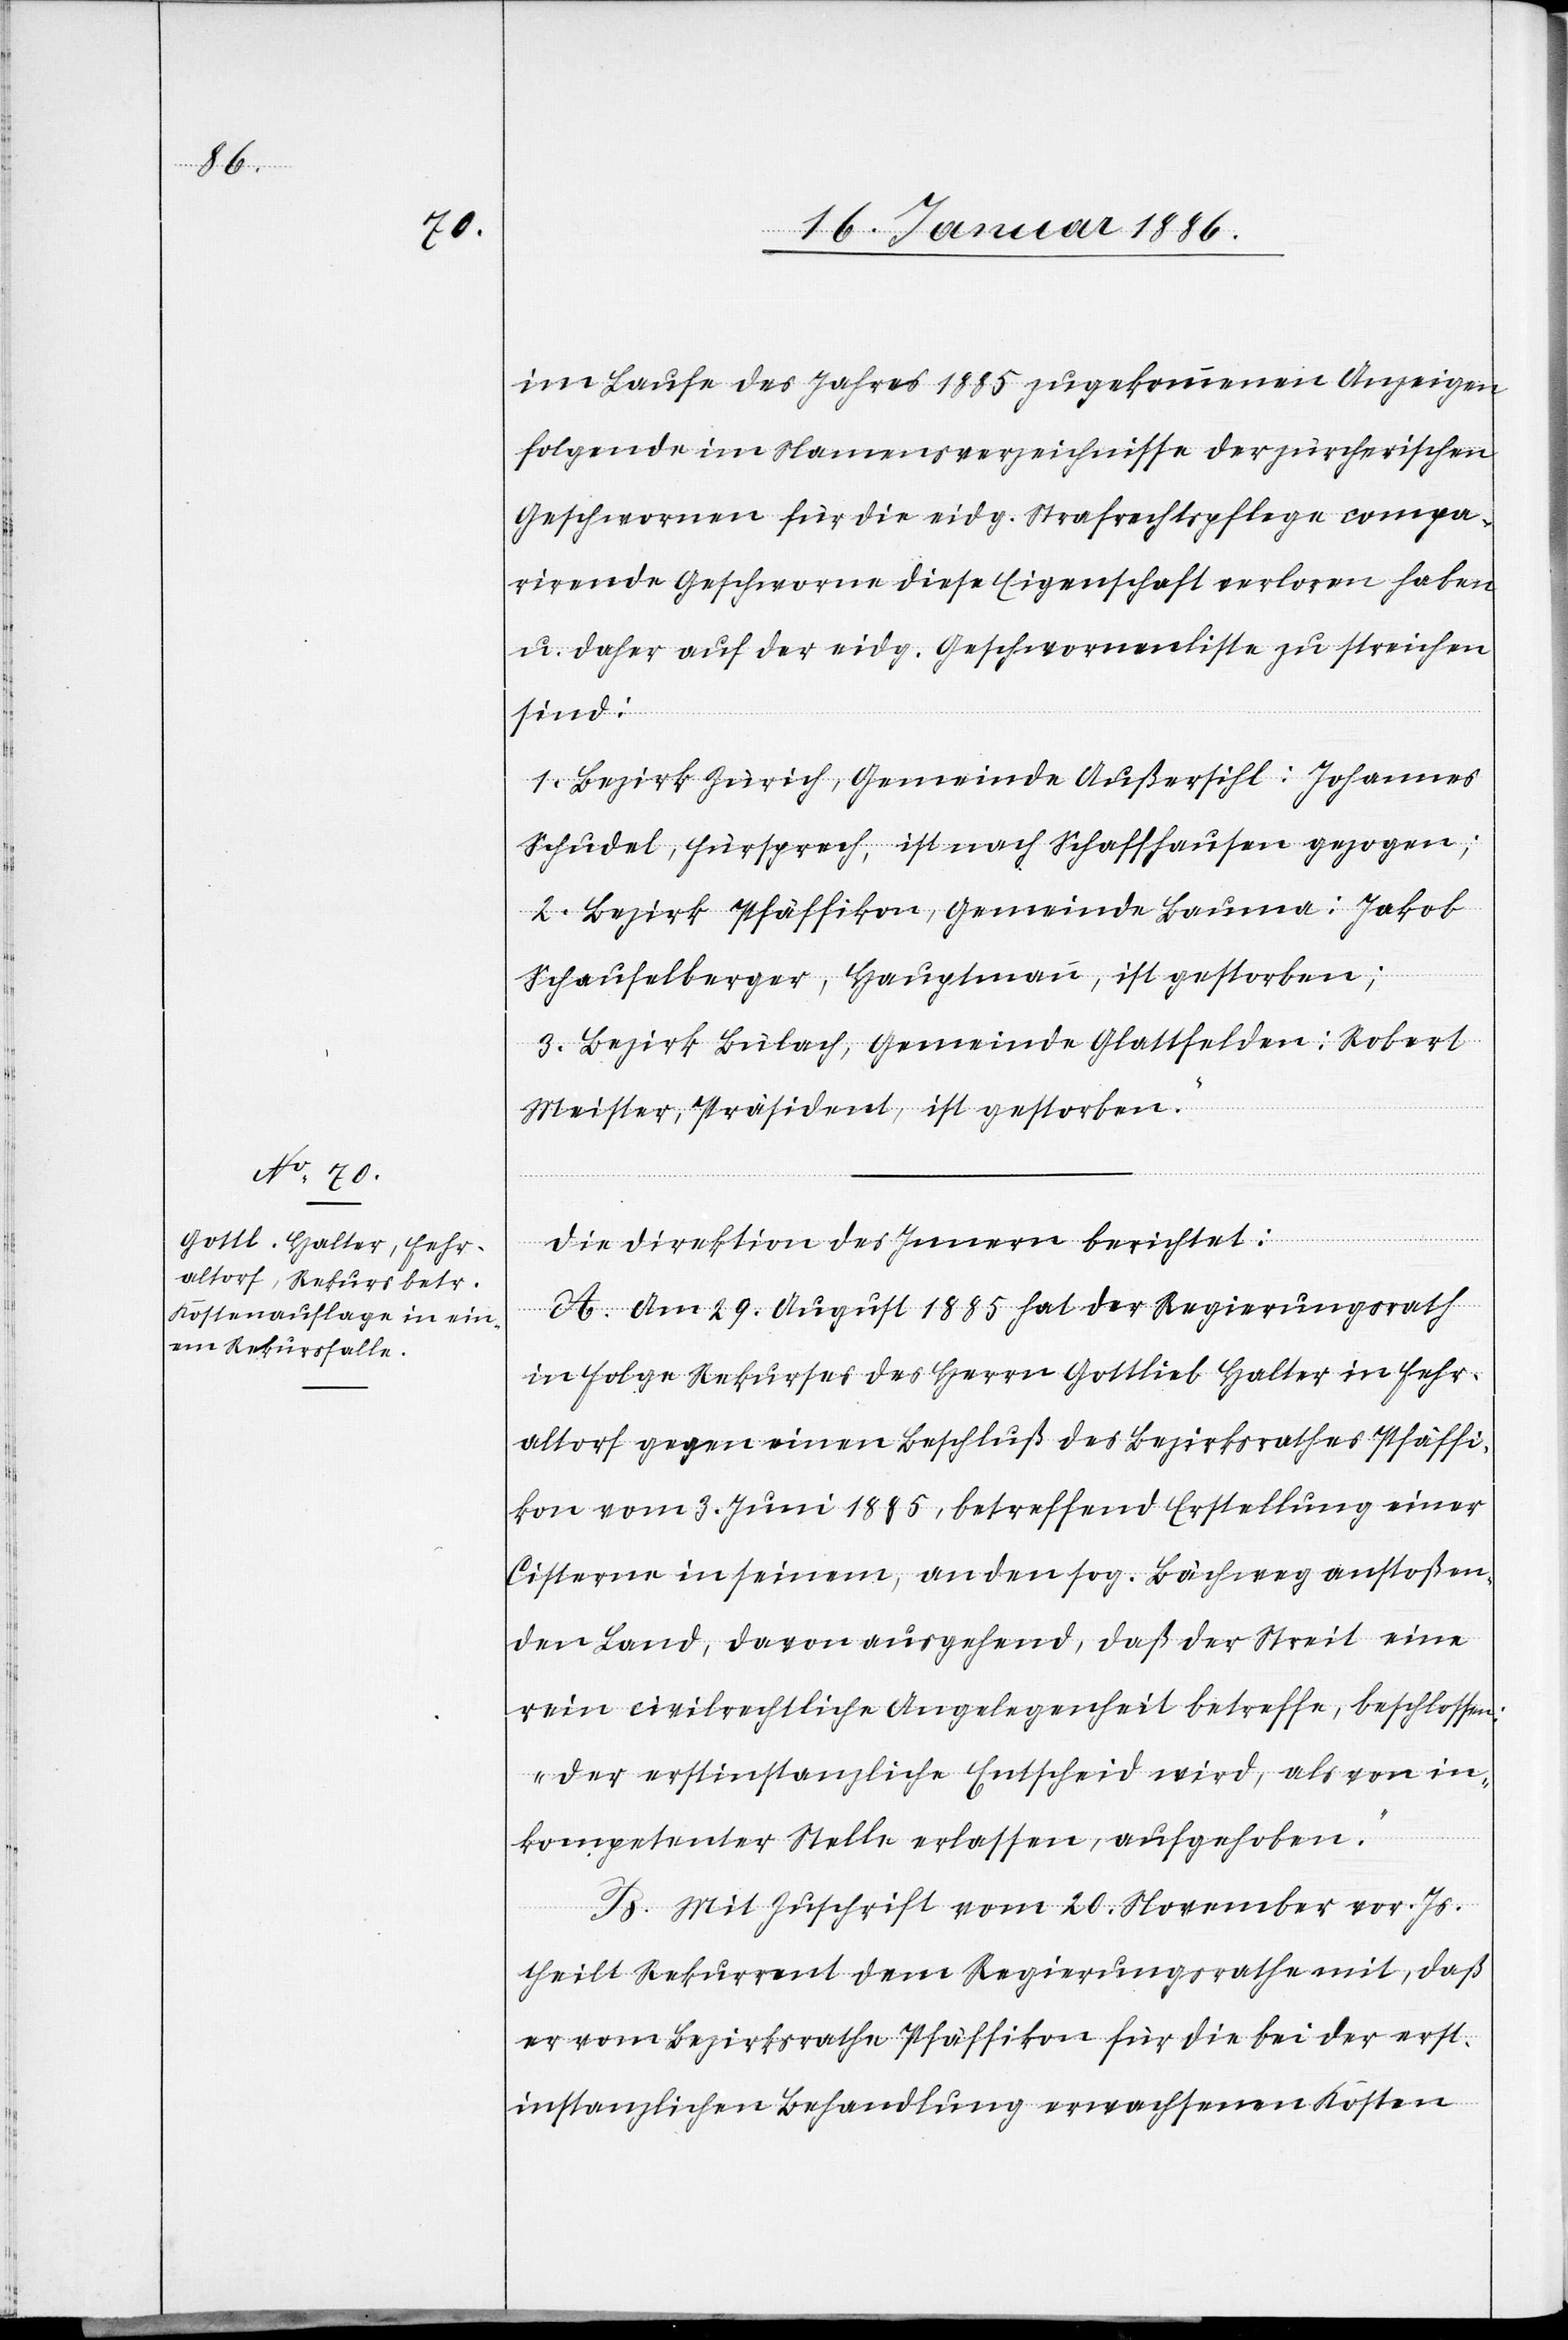
im Laufe des Jahres 1885 zugekommene Anzeige
folgende im Namensverzeichnisse der zürcherischen
Geschwornen für die eidg. Strafrechtspflege compa¬
rirende Geschwornen diese Eigenschaft verloren haben
u. daher auf der eidg. Geschwornenliste zu streichen
sind:
1. Bezirk Zürich, Gemeinde Außersihl: Johannes
Schudel, Fürsprech, ist nach Schaffhausen gezogen;
2. Bezirk Pfäffikon, Gemeinde Bauma: Jakob
Schaufelberger, Hauptmann, ist gestorben;
3. Bezirk Bülach, Gemeinde Glattfelden: Robert
Meister, Präsident, ist gestorben.“
Die Direktion des Innern berichtet:
A. Am 29. August 1885 hat der Regierungsrath
in Folge Rekurses des Herrn Gottlieb Halter in Fehr¬
altorf gegen einen Beschluß des Bezirksrathes Pfäffi¬
kon vom 3. Juni 1885, betreffend Erstellung einer
Cisterne in seinem, an den sog. Bächweg anstoßen¬
den Land, davon ausgehend, daß der Streit eine
rein civilrechtliche Angelegenheit betreffe, beschlossen:
„Der erstinstanzliche Entscheid wird, als von in¬
kompetenter Stelle erlassen, aufgehoben.“
B. Mit Zuschrift vom 20. November vor. Js.
theilt Rekurrent dem Regierungsrathe mit, daß
er vom Bezirksrathe Pfäffikon für die bei der erst¬
instanzlichen Behandlung erwachsenen Kosten